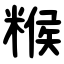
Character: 糇